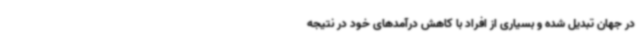
در جهان تبدیل شده و بسیاری از افراد با کاهش درآمدهای خود در نتیجه